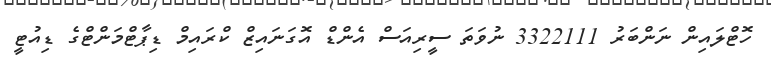
ހޮޓްލައިން ނަންބަރު 3322111 ނުވަތަ ސީރިއަސް އެންޑް އޮގަނައިޒް ކްރައިމް ޑިޕާޓްމަންޓްގެ ޑިއުޓީ